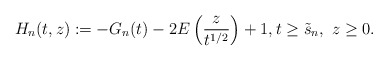
\begin{align*}H_n(t,z):=-G_n(t)-2E\left(\dfrac{z}{t^{1/2}}\right)+1,t\ge\tilde s_n,\ z\ge 0.\end{align*}